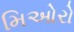
મિઓરો